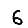
Digit: 6